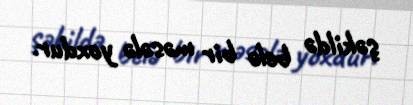
şəkildə belə bir məsələ yoxdur.